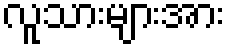
လူသားများအား